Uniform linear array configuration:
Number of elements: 8
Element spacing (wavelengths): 1
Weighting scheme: hann
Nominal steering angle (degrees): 15
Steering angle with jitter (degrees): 16.347
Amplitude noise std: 0.05
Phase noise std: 0.05

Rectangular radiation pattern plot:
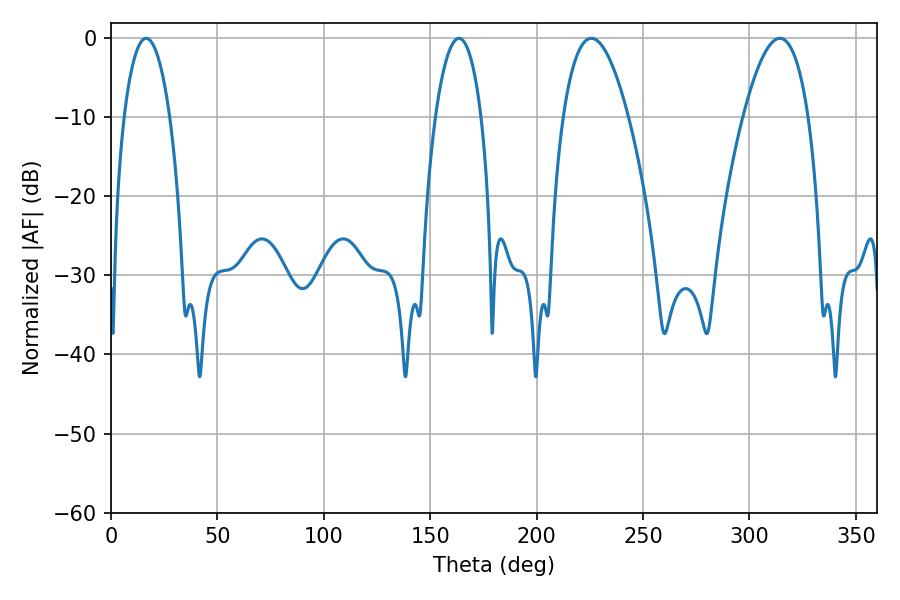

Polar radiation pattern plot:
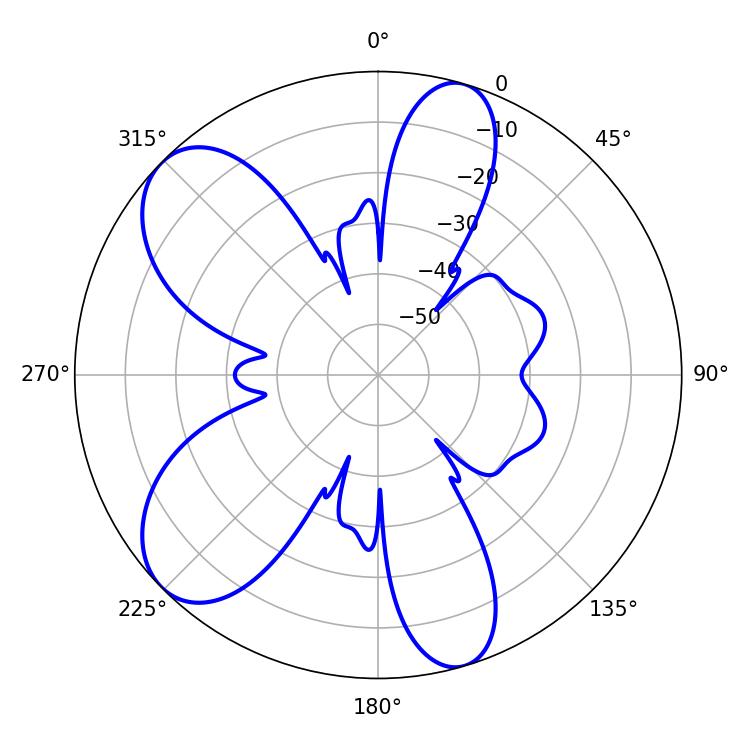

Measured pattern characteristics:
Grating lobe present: TRUE
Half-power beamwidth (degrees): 16.74
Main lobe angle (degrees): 225.72